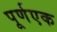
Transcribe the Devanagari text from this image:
पूर्णएक